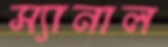
স্যানাল